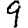
Digit: 9